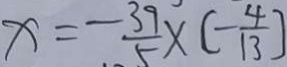
x = - \frac { 3 9 } { 5 } \times [ - \frac { 4 } { 1 3 } ]